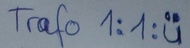
Text: Trafo 1:1:u